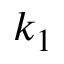
k _ { 1 }